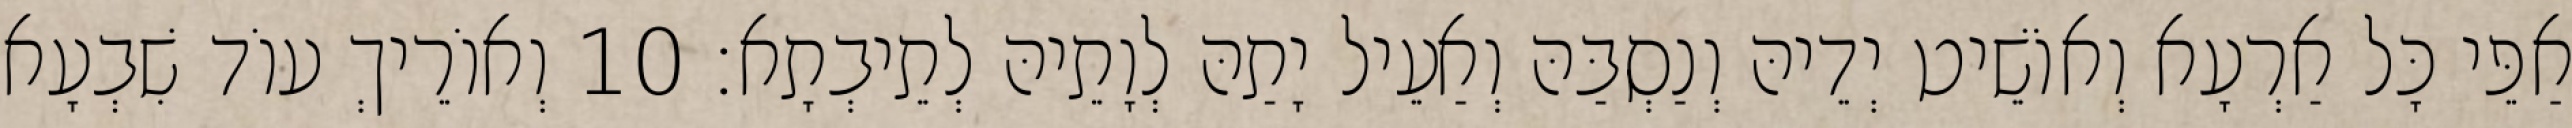
אַפֵּי כָּל אַרְעָא וְאוֹשֵׁיט יְדֵיהּ וְנַסְבַּהּ וְאַעֵיל יָתַהּ לְוָתֵיהּ לְתֵיבְתָא׃ 10 וְאוֹרֵיךְ עוֹד שִׁבְעָא